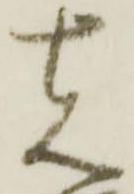
先